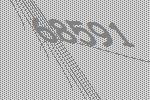
68591